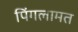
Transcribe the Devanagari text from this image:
पिंगलामत